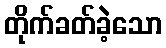
တိုက်ခတ်ခဲ့သော